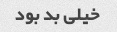
خیلی بد بود